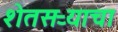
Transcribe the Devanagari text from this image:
शेतसऱ्याचा